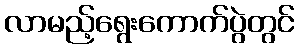
လာမည့်ရွေးကောက်ပွဲတွင်